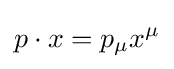
p\cdot x=p_{\mu }x^{\mu }